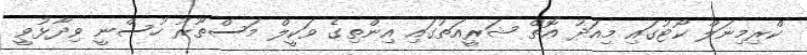
ކްރިމިނަލް ކޯޓުގައި މިއަދު އޮތް ޝަރީއަތުގައި އިންތިގެ ވަކީލް މަސްތޫރު ހުސްނީ ވިދާޅުވީ